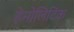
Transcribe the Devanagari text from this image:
हेमोलिटिक